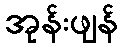
အုန်းဖျန်